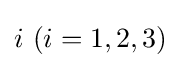
i\ (i=1,2,3)